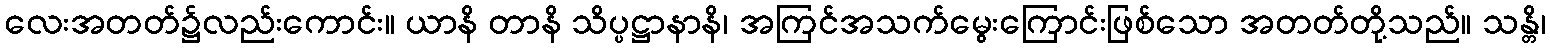
လေးအတတ်၌လည်းကောင်း။ ယာနိ တာနိ သိပ္ပဋ္ဌာနာနိ၊ အကြင်အသက်မွေးကြောင်းဖြစ်သော အတတ်တို့သည်။ သန္တိ၊